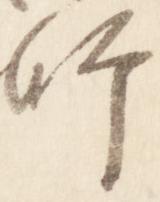
師